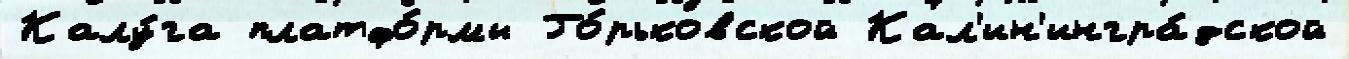
Калу́га платфо́рмы Го́рьковской Кал'ин'ингра́дской